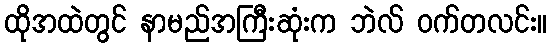
ထိုအထဲတွင် နာမည်အကြီးဆုံးက ဘဲလ် ဝက်တလင်း။